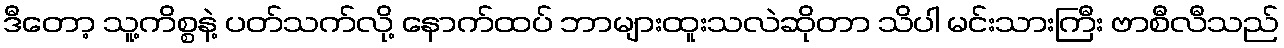
ဒီတော့ သူ့ကိစ္စနဲ့ ပတ်သက်လို့ နောက်ထပ် ဘာများထူးသလဲဆိုတာ သိပါ မင်းသားကြီး ဗာစီလီသည်